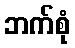
ဘက်စုံ